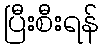
ပြီးစီးရန်